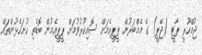
ޖުމްހޫރީ ޕާޓީ (ޖޭޕީ) ގެ މެމްބަރުން ޕީޕީއެމަށް ސޮއިކުރުވުމަށް ޕީޕީއެމުން ބޮޑެތި ހުށަހެޅުންތައް